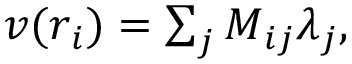
\begin{array} { r } { \boldsymbol { v } ( \boldsymbol { r } _ { i } ) = \sum _ { j } \boldsymbol { M } _ { i j } \boldsymbol { \lambda } _ { j } , } \end{array}